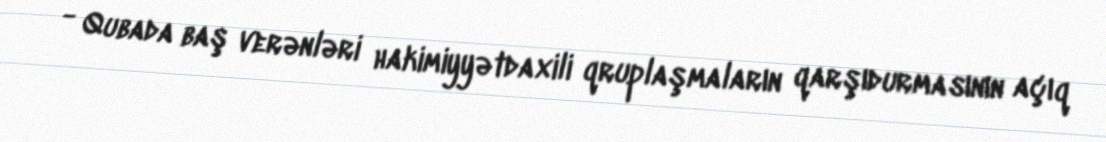
- Qubada baş verənləri hakimiyyətdaxili qruplaşmaların qarşıdurmasının açıq